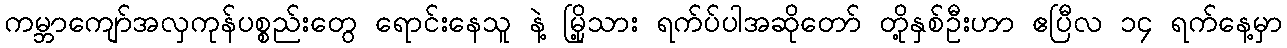
ကမ္ဘာကျော်အလှကုန်ပစ္စည်းတွေ ရောင်းနေသူ နဲ့ မြို့သား ရက်ပ်ပါအဆိုတော် တို့နှစ်ဦးဟာ ဧပြီလ ၁၄ ရက်နေ့မှာ